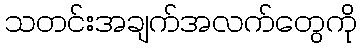
သတင်းအချက်အလက်တွေကို